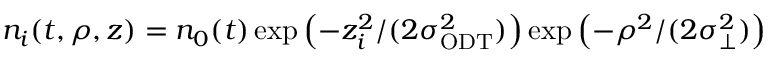
n _ { i } ( t , \rho , z ) = n _ { 0 } ( t ) \exp \left( - z _ { i } ^ { 2 } / ( 2 \sigma _ { \mathrm { { O D T } } } ^ { 2 } ) \right) \exp \left( - \rho ^ { 2 } / ( 2 \sigma _ { \perp } ^ { 2 } ) \right)